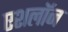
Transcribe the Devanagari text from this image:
एशलॉन